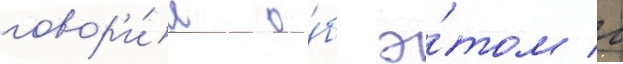
говор'и́л о́б э́том г